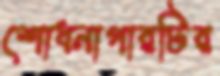
শোধনাগারটির